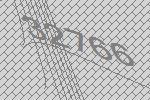
32766